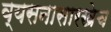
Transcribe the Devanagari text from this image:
व्यसनासारखेच